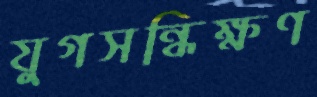
যুগসন্ধিক্ষণ